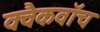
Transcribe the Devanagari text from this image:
क्वैकवॉच